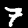
Digit: 7